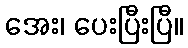
အေး၊ ပေးပြီးပြီ။